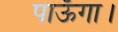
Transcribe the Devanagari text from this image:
पाऊँगा।